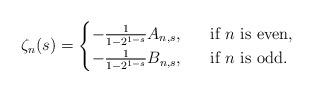
LaTeX: \begin{align*}\zeta_n(s) = \begin{cases} - \frac{1}{1-2^{1-s}} A_{n,s}, ~&~\mbox{if~$n$~is even}, \\ - \frac{1}{1-2^{1-s}} B_{n,s}, & ~\mbox{if~$n$~is odd}. \end{cases}\end{align*}